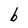
Character: b